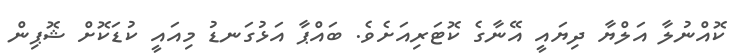
ކޮއްނުލާ އަލްޔާ ދިޔައީ އޭނާގެ ކޮޓަރިއަށެވެ. ބައްޕާ އަޅުގަނޑު މިއައީ ކުޑަކޮށް ޝޮޕިން